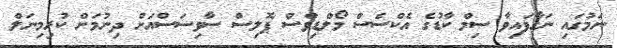
ނަމުގައި ނަގާފައިވާ ސިމް ކާޑުގެ އެކްސެސް މޯލްޑިވްސް ޕޮލިސް ސާވިސަސްއަށް ދިނުމަށް ކުރިމިނަލް